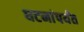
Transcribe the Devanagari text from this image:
घटनांपर्यंत